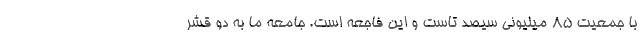
با جمعیت ۸۵ میلیونی سیصد تاست و این فاجعه است. جامعه ما به دو قشر